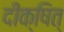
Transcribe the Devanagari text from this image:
दीक्षित्